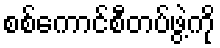
စစ်ကောင်စီတပ်ဖွဲ့ကို